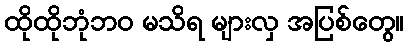
ထိုထိုဘုံဘဝ မသိရ များလှ အပြစ်တွေ။